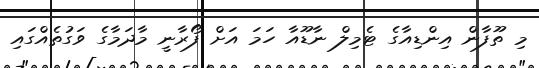
މި ތޫފާން އިންޑިއާގެ ޓެމިލް ނާޑޫއާ ހަމަ އަށް ފޯރާނީ މާދަމާގެ ވަގުތެއްގައި